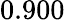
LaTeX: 0.900